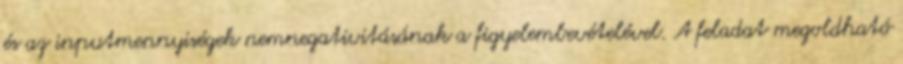
és az inputmennyiségek nemnegativitásának a figyelembevételével. A feladat megoldható